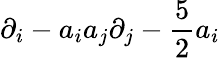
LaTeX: \partial_{i}-a_{i}a_{j}\partial_{j}-{\frac{5}{2}}a_{i}